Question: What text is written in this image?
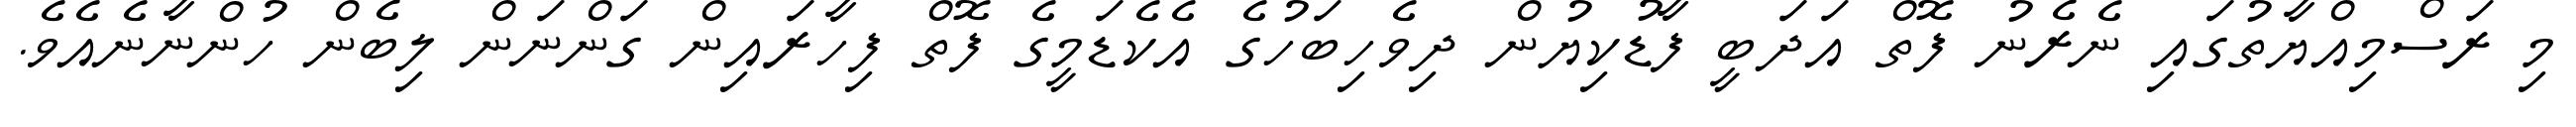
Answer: މި ރަސްމިއްޔާތުގައި ނެރެނު ފޮތް އަދަބީ ފާޑުކިޔުން ދިވެހިބަހުގެ އެކެޑަމީގެ ފޮތް ފިހާރައިން ގަންނަން ލިބެން ހުންނާނެއެވެ.